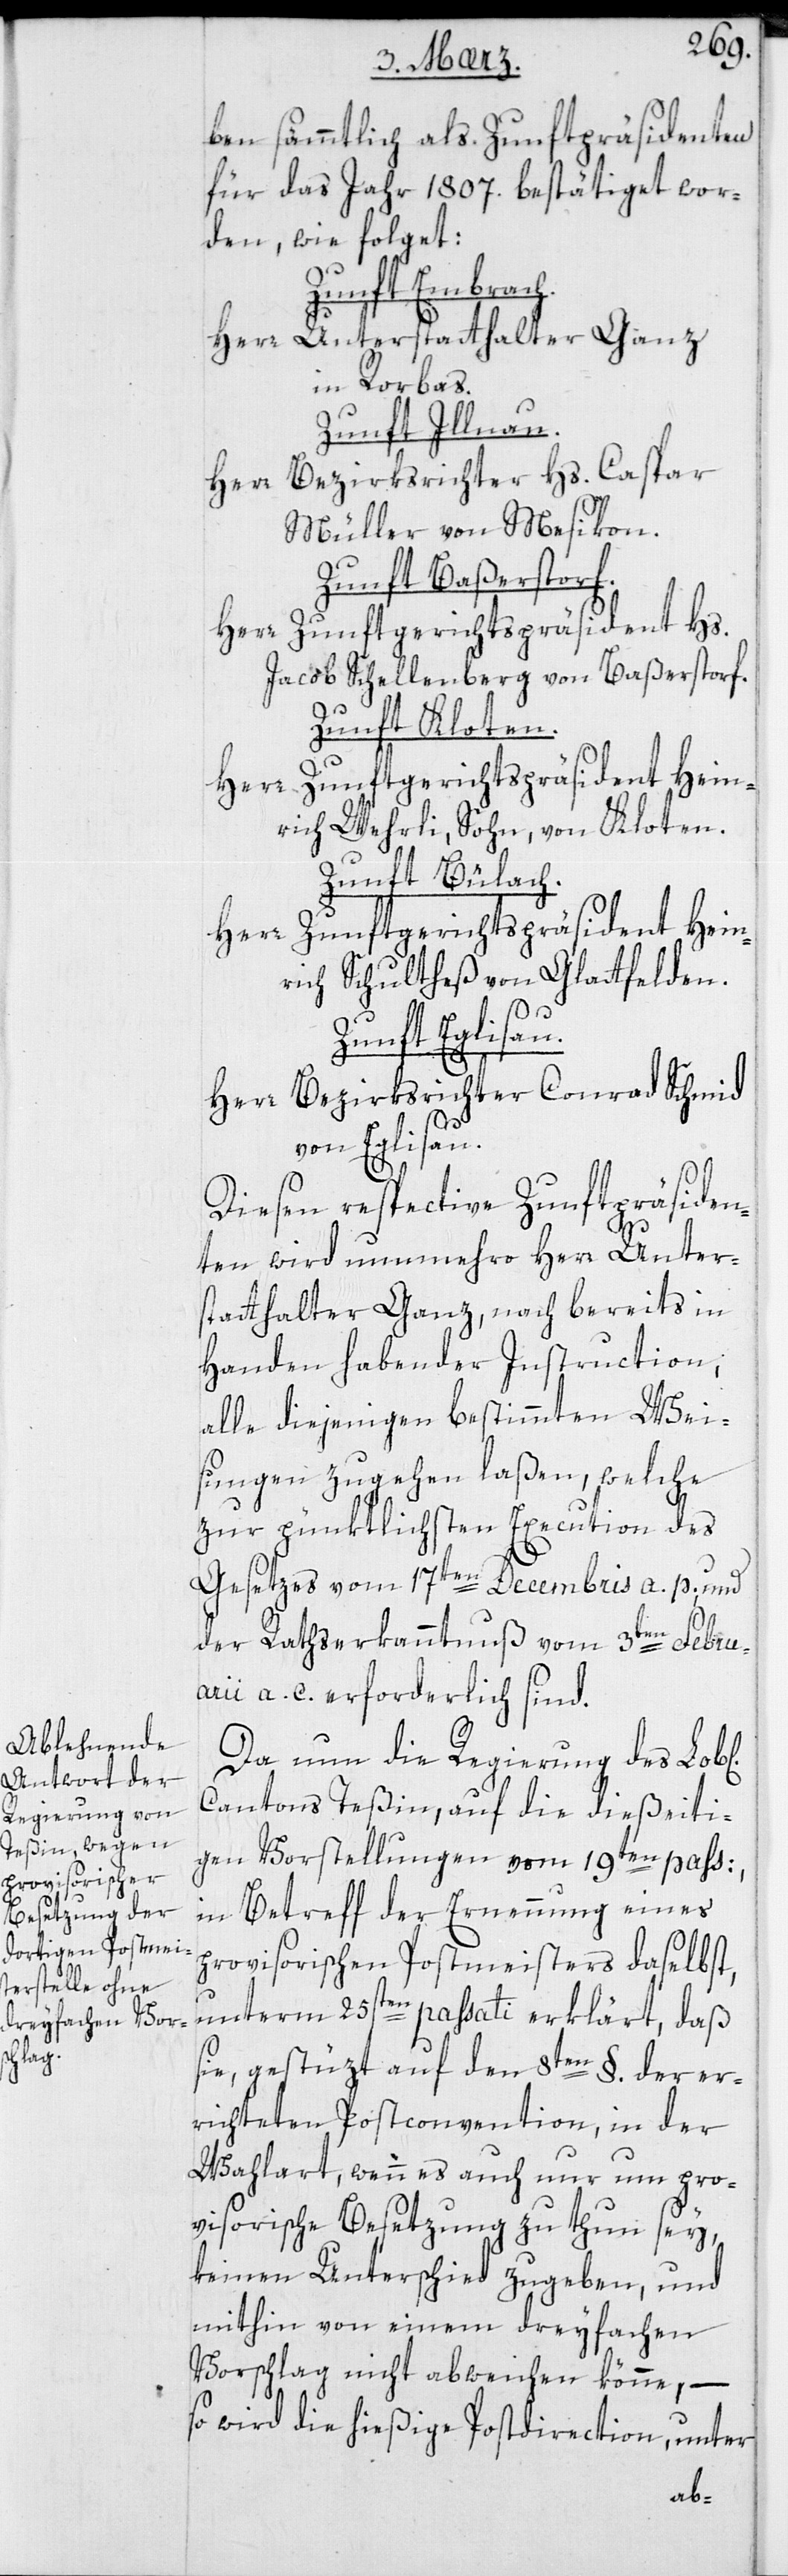
ben sämmtlich als Zunftpräsidenten
für das Jahr 1807. bestätiget wor¬
den, wie folget:
Zunft Embrach.
Herr Unterstatthalter Ganz
in Rorbas.
Zunft Illnau.
Herr Bezirksrichter Hs. Caspar
Müller von Mesikon.
Zunft Baßerstorf.
Herr Zunftgerichtspäsident Hs.
Jacob Schellenberg von Baßerstorf.
Zunft Kloten.
Herr Zunftgerichtspräsident Hein¬
rich Wehrli, Sohn, von Kloten.
Zunft Bülach.
Herr Zunftgerichtspräsident Hein¬
rich Schultheß von Glattfelden.
ichen]
Zunft Eglisau.
Herr Bezirksrichter Conrad Schmid
von Eglisau.
Diesen respective Zunftpräsiden¬
ten wird nunmehro Herr Unter¬
statthalter Ganz, nach bereits in
Handen habender Instruction,
alle diejenigen bestimmten Wei¬
sungen zugehen laßen, welche
zur pünktlichsten Execution des
Gesetzes vom 17ten Decembris a. p. und
der Rathserkanntnuß vom 3ten Febru¬
arii a. c. erforderlich sind.
Da nun die Regierung des Lob[l¬
Cantons Teßin, auf die dießeiti¬
gen Vorstellungen vom 19ten pass:,
in Betreff der Ernennung eines
provisorischen Postmeisters daselbst,
unterm 25sten passati erklärt, daß
sie, gestüzt auf den 8ten §. der er¬
richteten Postconvention, in der
Wahlart, wenn es auch nur um pro¬
visorische Besetzung zu thun sey,
keinen Unterschied zugeben, und
mithin von einem dreyfachen
Vorschlag nicht abweichen könne, –
so wird die hießige Postdirection, unter